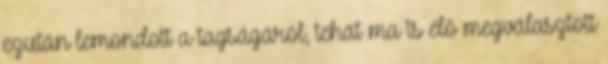
ezután lemondott a tagságáról, tehát ma is élő megválasztott